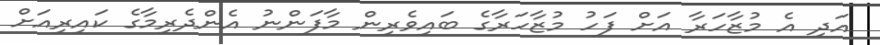
އަދި އެ މުޒާހަރާ އަށް ފަހު މުޒާހަރާގެ ބައިވެރިން މާފަންނު އެންދެރިމާގެ ކައިރިއަށް